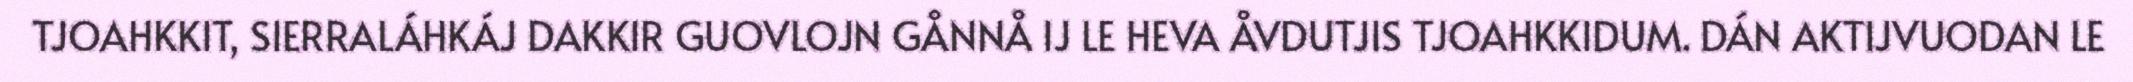
TJOAHKKIT, SIERRALÁHKÁJ DAKKIR GUOVLOJN GÅNNÅ IJ LE HEVA ÅVDUTJIS TJOAHKKIDUM. DÁN AKTIJVUODAN LE